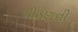
ગોઠણની